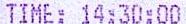
TIME: 14:30:00